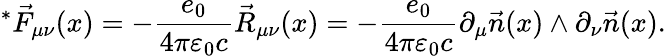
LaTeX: ^*\vec{F}_{\mu\nu}(x)=-\frac{e_{0}}{4\pi\varepsilon_{0}c}\vec{R}_{\mu\nu}(x)=-\frac{e_{0}}{4\pi\varepsilon_{0}c}\partial_{\mu}\vec{n}(x)\wedge\partial_{\nu}\vec{n}(x).